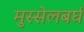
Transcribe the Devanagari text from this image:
मुस्सेलबर्घ